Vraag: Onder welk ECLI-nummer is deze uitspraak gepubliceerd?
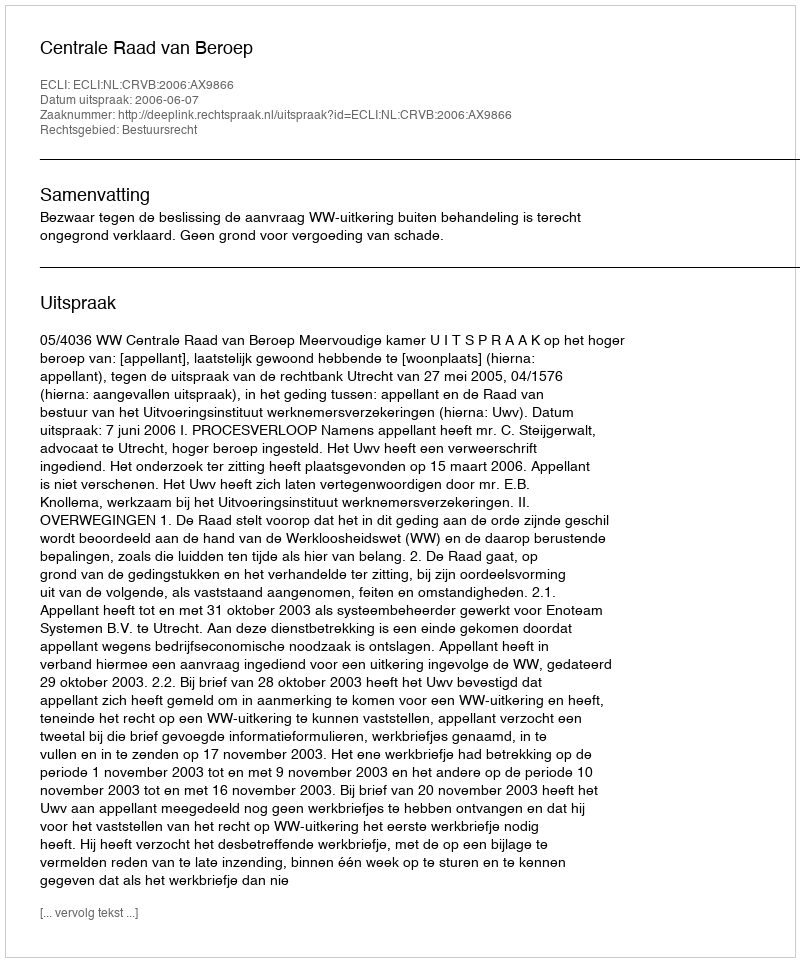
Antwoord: ECLI:NL:CRVB:2006:AX9866